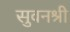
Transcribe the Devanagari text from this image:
सुवनश्री